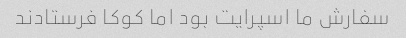
سفارش ما اسپرایت بود اما کوکا فرستادند